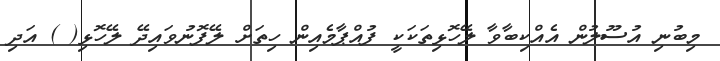
މިބުނި އުސޫލުން އެއްކިބާވާ ލޭހޮޅިތަކަކީ ފުއްޕާމެއިން ހިތަށް ލޭފޮނުވައިދޭ ލޭހޮޅި( ) އަދި